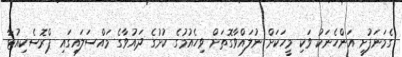
ގެމަނަފުށީ އަންހެނަކު ވަކި މީހަކަށް ނުލައްވާގޮތަށް ވިހެއުމުގެ ކުށުގެ ދައުވާގެ މައްސަލައިގައި ޕްރޮސެކިއުޓާ